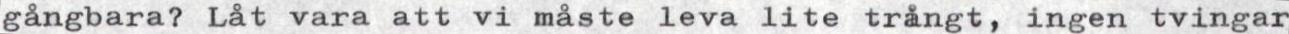
gångbara? Låt vara att vi måste leva lite trångt, ingen tvingar